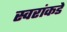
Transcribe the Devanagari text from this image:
स्वरांकडे